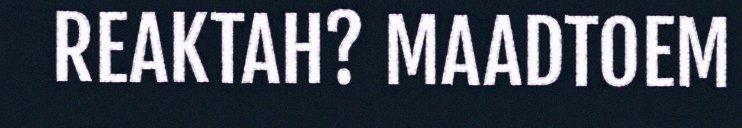
REAKTAH? MAADTOEM